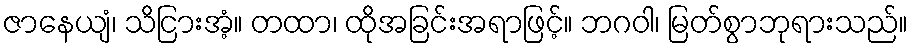
ဇာနေယျံ၊ သိငြားအံ့။ တထာ၊ ထိုအခြင်းအရာဖြင့်။ ဘဂဝါ၊ မြတ်စွာဘုရားသည်။